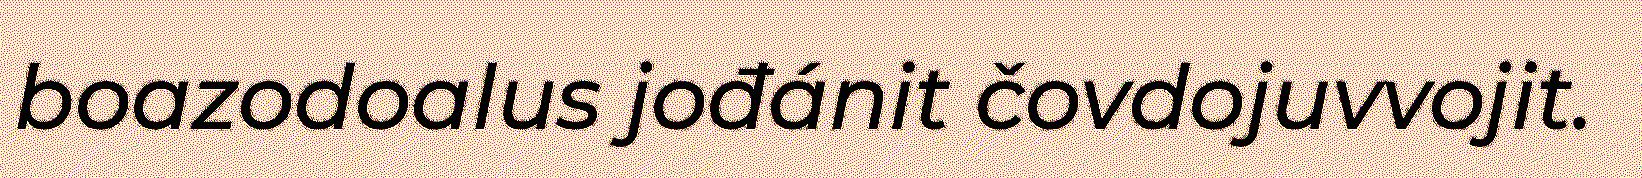
boazodoalus jođánit čovdojuvvojit.